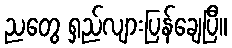
ညတွေ ရှည်လျားပြန်ချေပြီ။